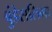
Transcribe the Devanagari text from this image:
बुंडेसलिगा